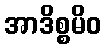
အာဒိစ္စမိဝ